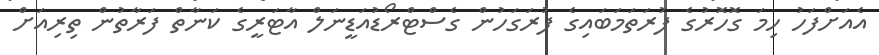
އެއަށްފަހު ހިމަ ގޮހޮރުގެ ފުރަތަމަބައިގެ ފުރަގަހުން ގެސްޓްރޯޑުއަޑީނަލް އާޓަރީގެ ކަނާތް ފަރާތުން ތިރިއަށް